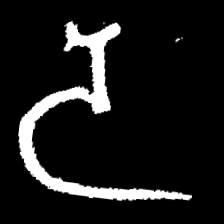
Pyu character \u2014 Myanmar letter: ဒ (romanized: da)